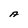
Character: A